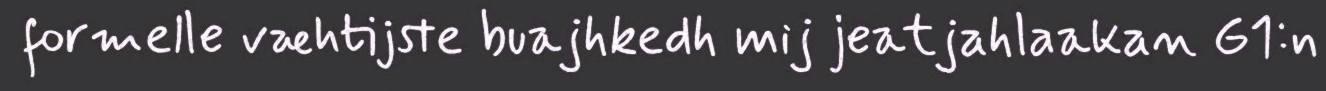
formelle væhtijste buajhkedh mij jeatjahlaakan G1:n